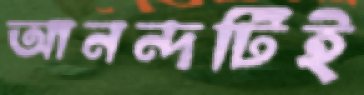
আনন্দটিই